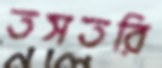
তসতরি